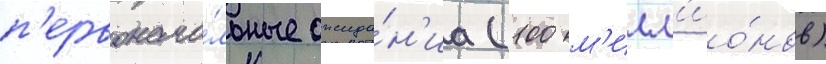
п'ервонача́льные ожида́н'иа (100 м'илл'ио́нов)